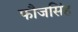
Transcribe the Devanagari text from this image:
फौजसिंह